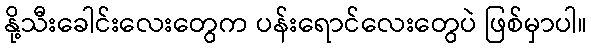
နို့သီးခေါင်းလေးတွေက ပန်းရောင်လေးတွေပဲ ဖြစ်မှာပါ။